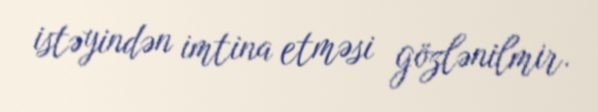
istəyindən imtina etməsi gözlənilmir.